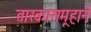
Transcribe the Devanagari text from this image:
तारकासमूहाने